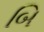
બિ